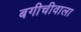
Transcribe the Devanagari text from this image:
बगीचीवाला